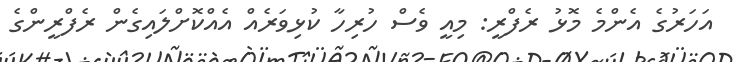
އަހަރުގެ އެންމެ މޮޅު ރެފްރީ: މިއީ ވެސް ހުރިހާ ކުޅިވަރެއް އެއްކޮށްލައިގެން ރެފްރީންގެ